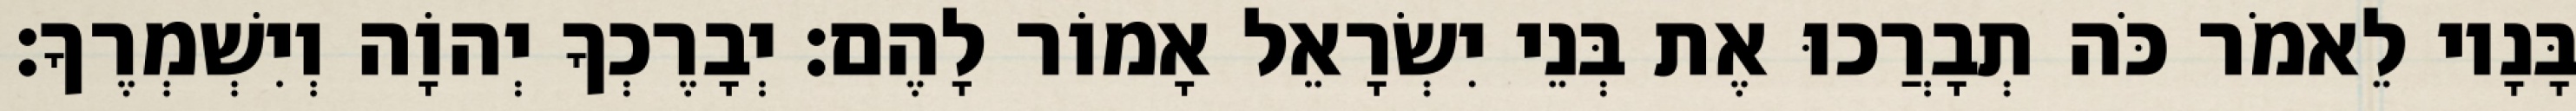
בָּנָיו לֵאמֹר כֹּה תְבָרֲכוּ אֶת בְּנֵי יִשְׂרָאֵל אָמוֹר לָהֶם׃ יְבָרֶכְךָ יְהוָֹה וְיִשְׁמְרֶךָ׃